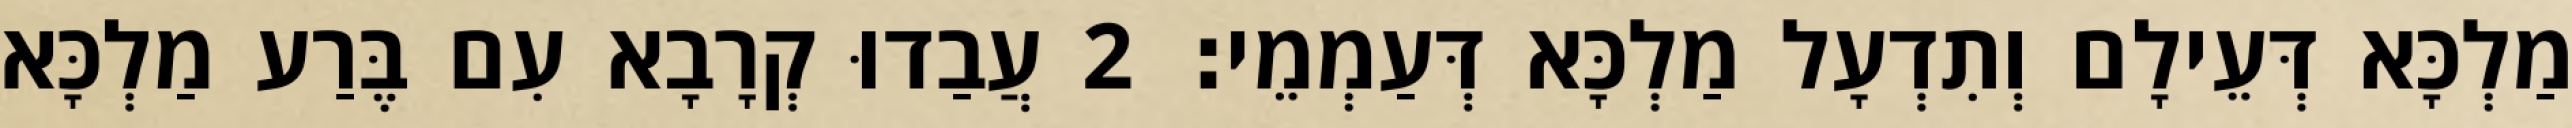
מַלְכָּא דְּעֵילָם וְתִדְעָל מַלְכָּא דְּעַמְמֵי׃ 2 עֲבַדוּ קְרָבָא עִם בֶּרַע מַלְכָּא